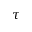
\tau